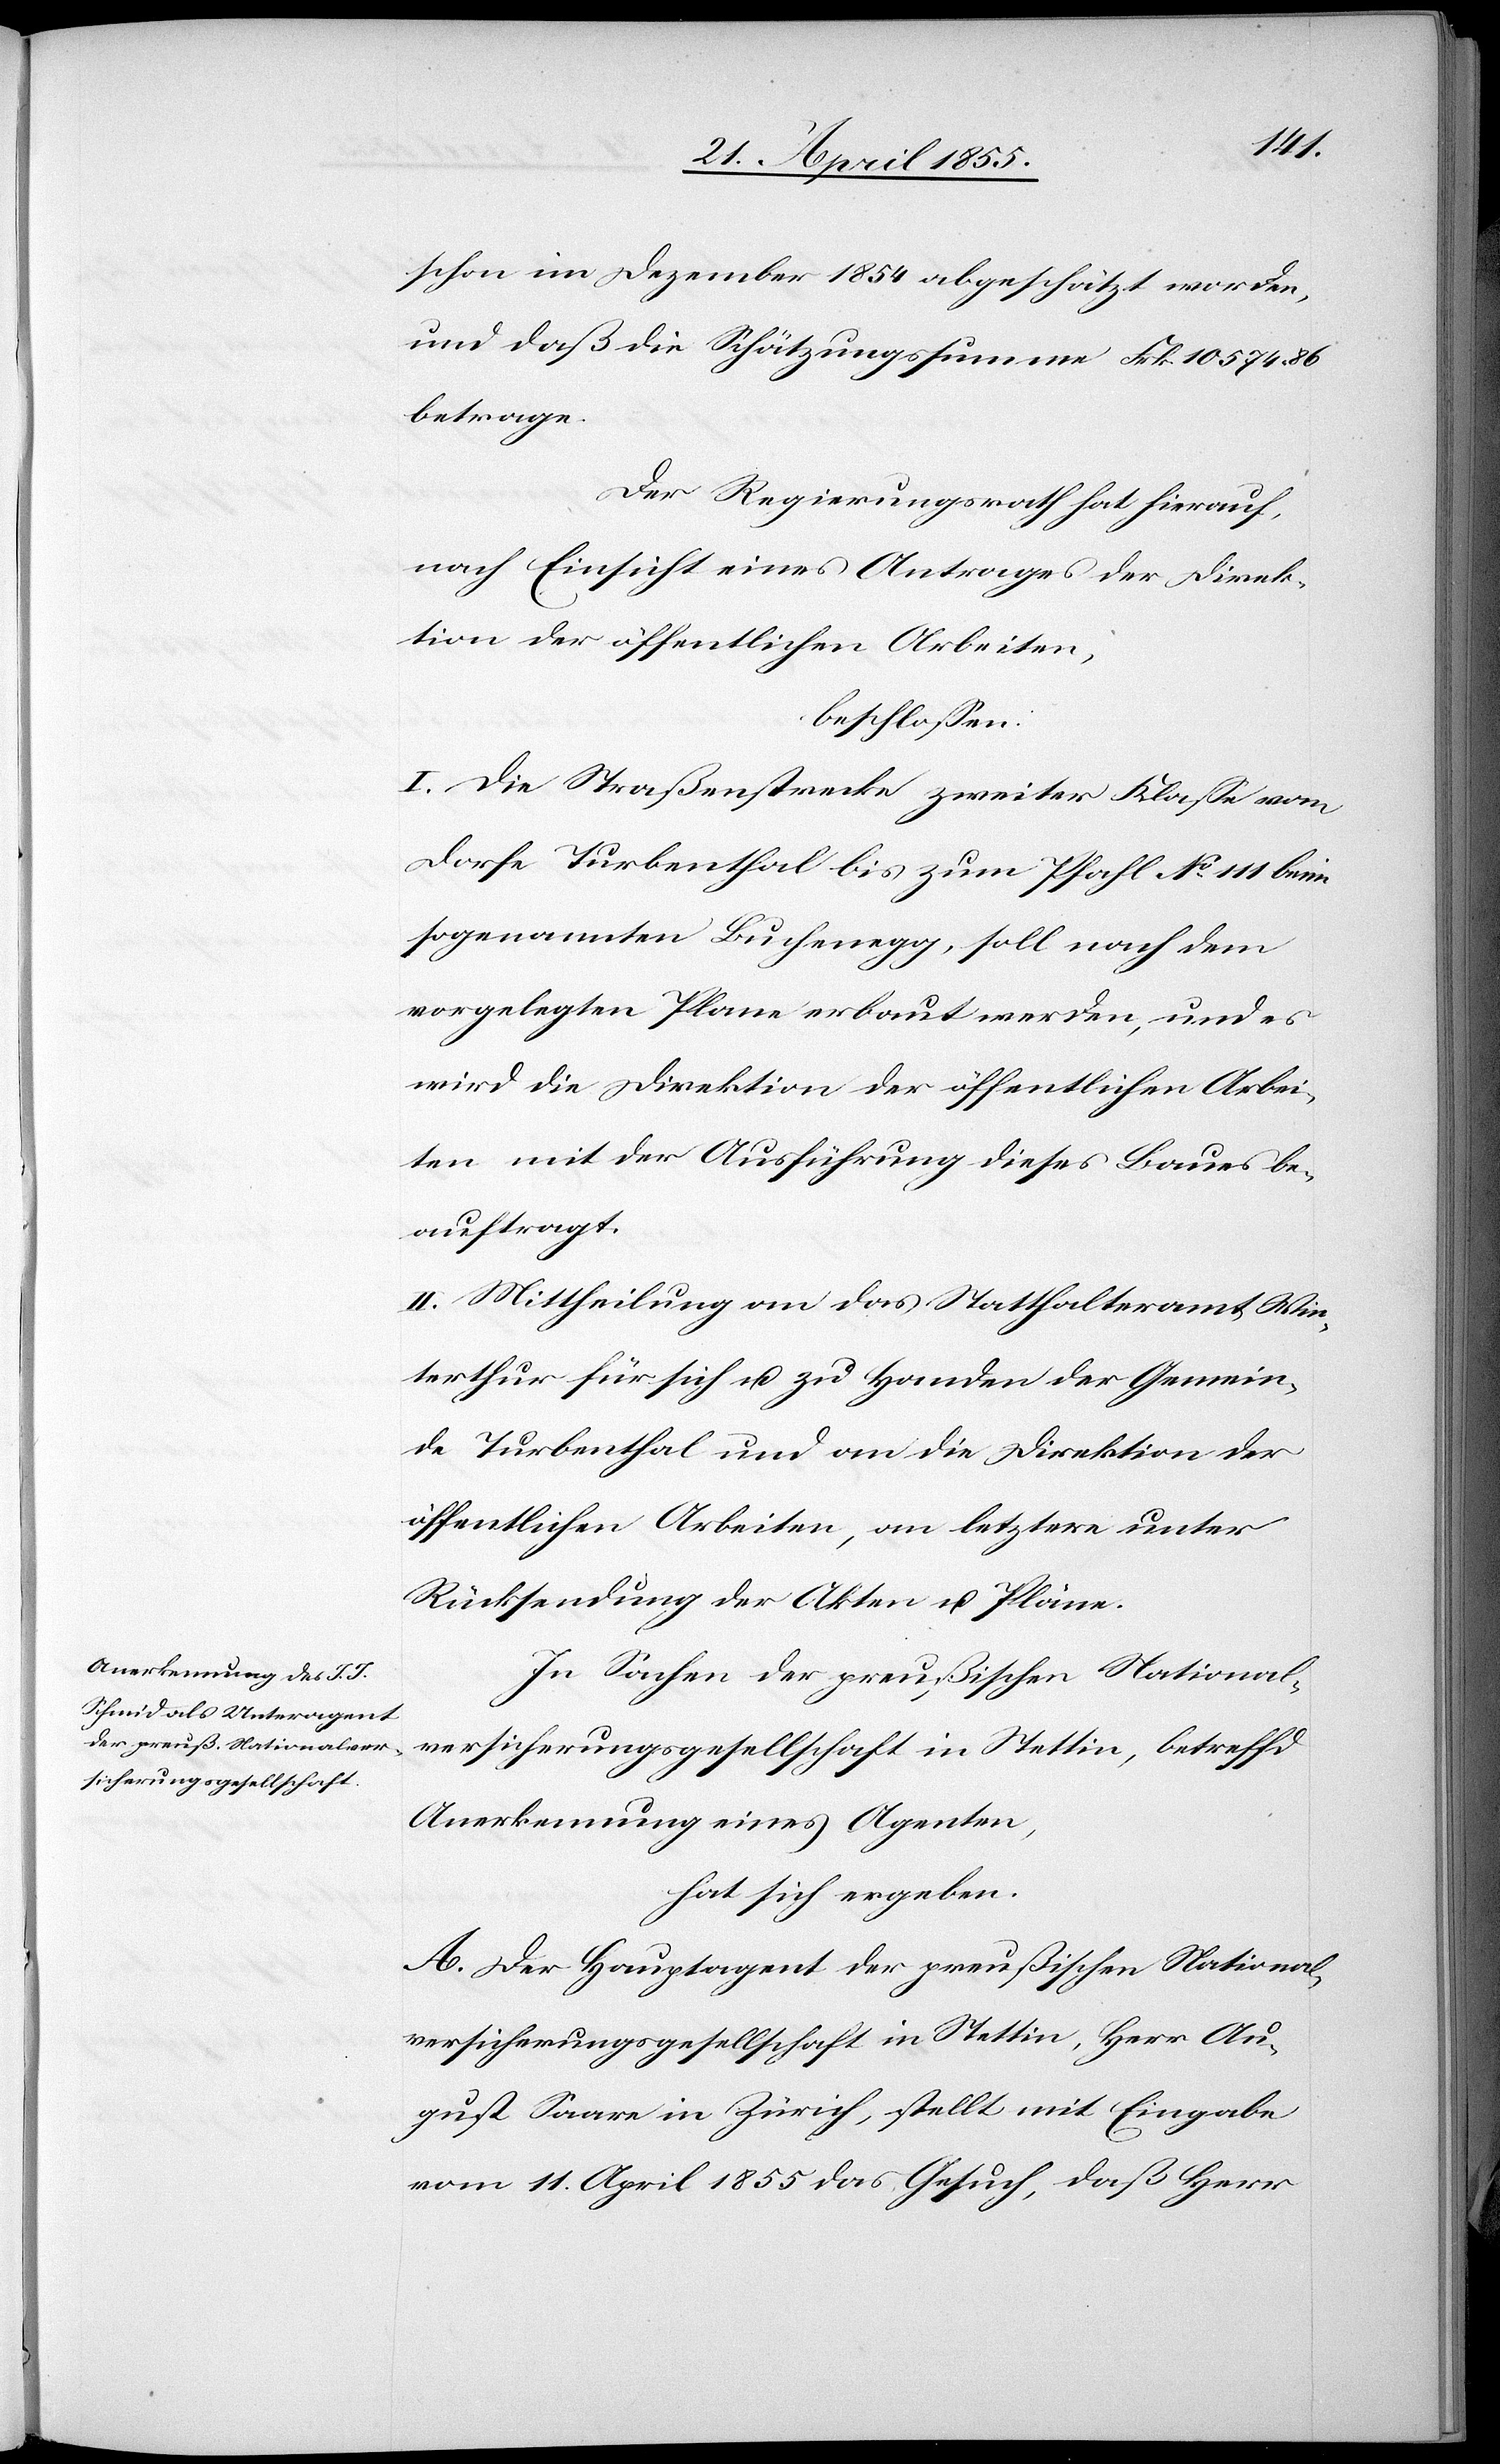
schon im Dezember 1854 abgeschätzt worden,
und daß die Schätzungssumme Frk. 10 574. 86
betrage.
Der Regierungsrath hat hierauf,
nach Einsicht eines Antrages der Direk¬
tion der öffentlichen Arbeiten,
beschlossen:
I. Die Straßenstrecke zweiter Klasse vom
Dorfe Turbenthal bis zum Pfahl No 111 beim
sogenannten Buchenegg, soll nach dem
vorgelegten Plane erbaut werden, und es
wird die Direktion der öffentlichen Arbei¬
ten mit der Ausführung dieses Baues be¬
auftragt.
II. Mittheilung an das Statthalteramt Win¬
terthur für sich u. zu Handen der Gemein¬
de Turbenthal und an die Direktion der
öffentlichen Arbeiten, an letztere unter
Rücksendung der Akten u. Pläne.
In Sachen der preußischen National¬
versicherungsgesellschaft in Stettin, betreffd.
Anerkennung eines Agenten,
hat sich ergeben.
A. Der Hauptagent der preußischen National¬
versicherungsgesellschaft in Stettin, Herr Au¬
gust Saare in Zürich, stellt mit Eingabe
vom 11. April 1855 das Gesuch, daß Herr